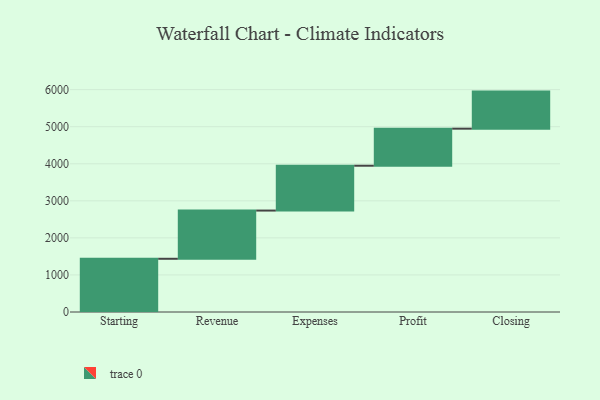
{"axis": {"x": "Step", "y": "Value"}, "legend": [""], "data": [{"x": "Starting", "y": 1436.0, "type": ""}, {"x": "Revenue", "y": 1301.0, "type": ""}, {"x": "Expenses", "y": 1210.0, "type": ""}, {"x": "Profit", "y": 1000, "type": ""}, {"x": "Closing", "y": 1000, "type": ""}]}